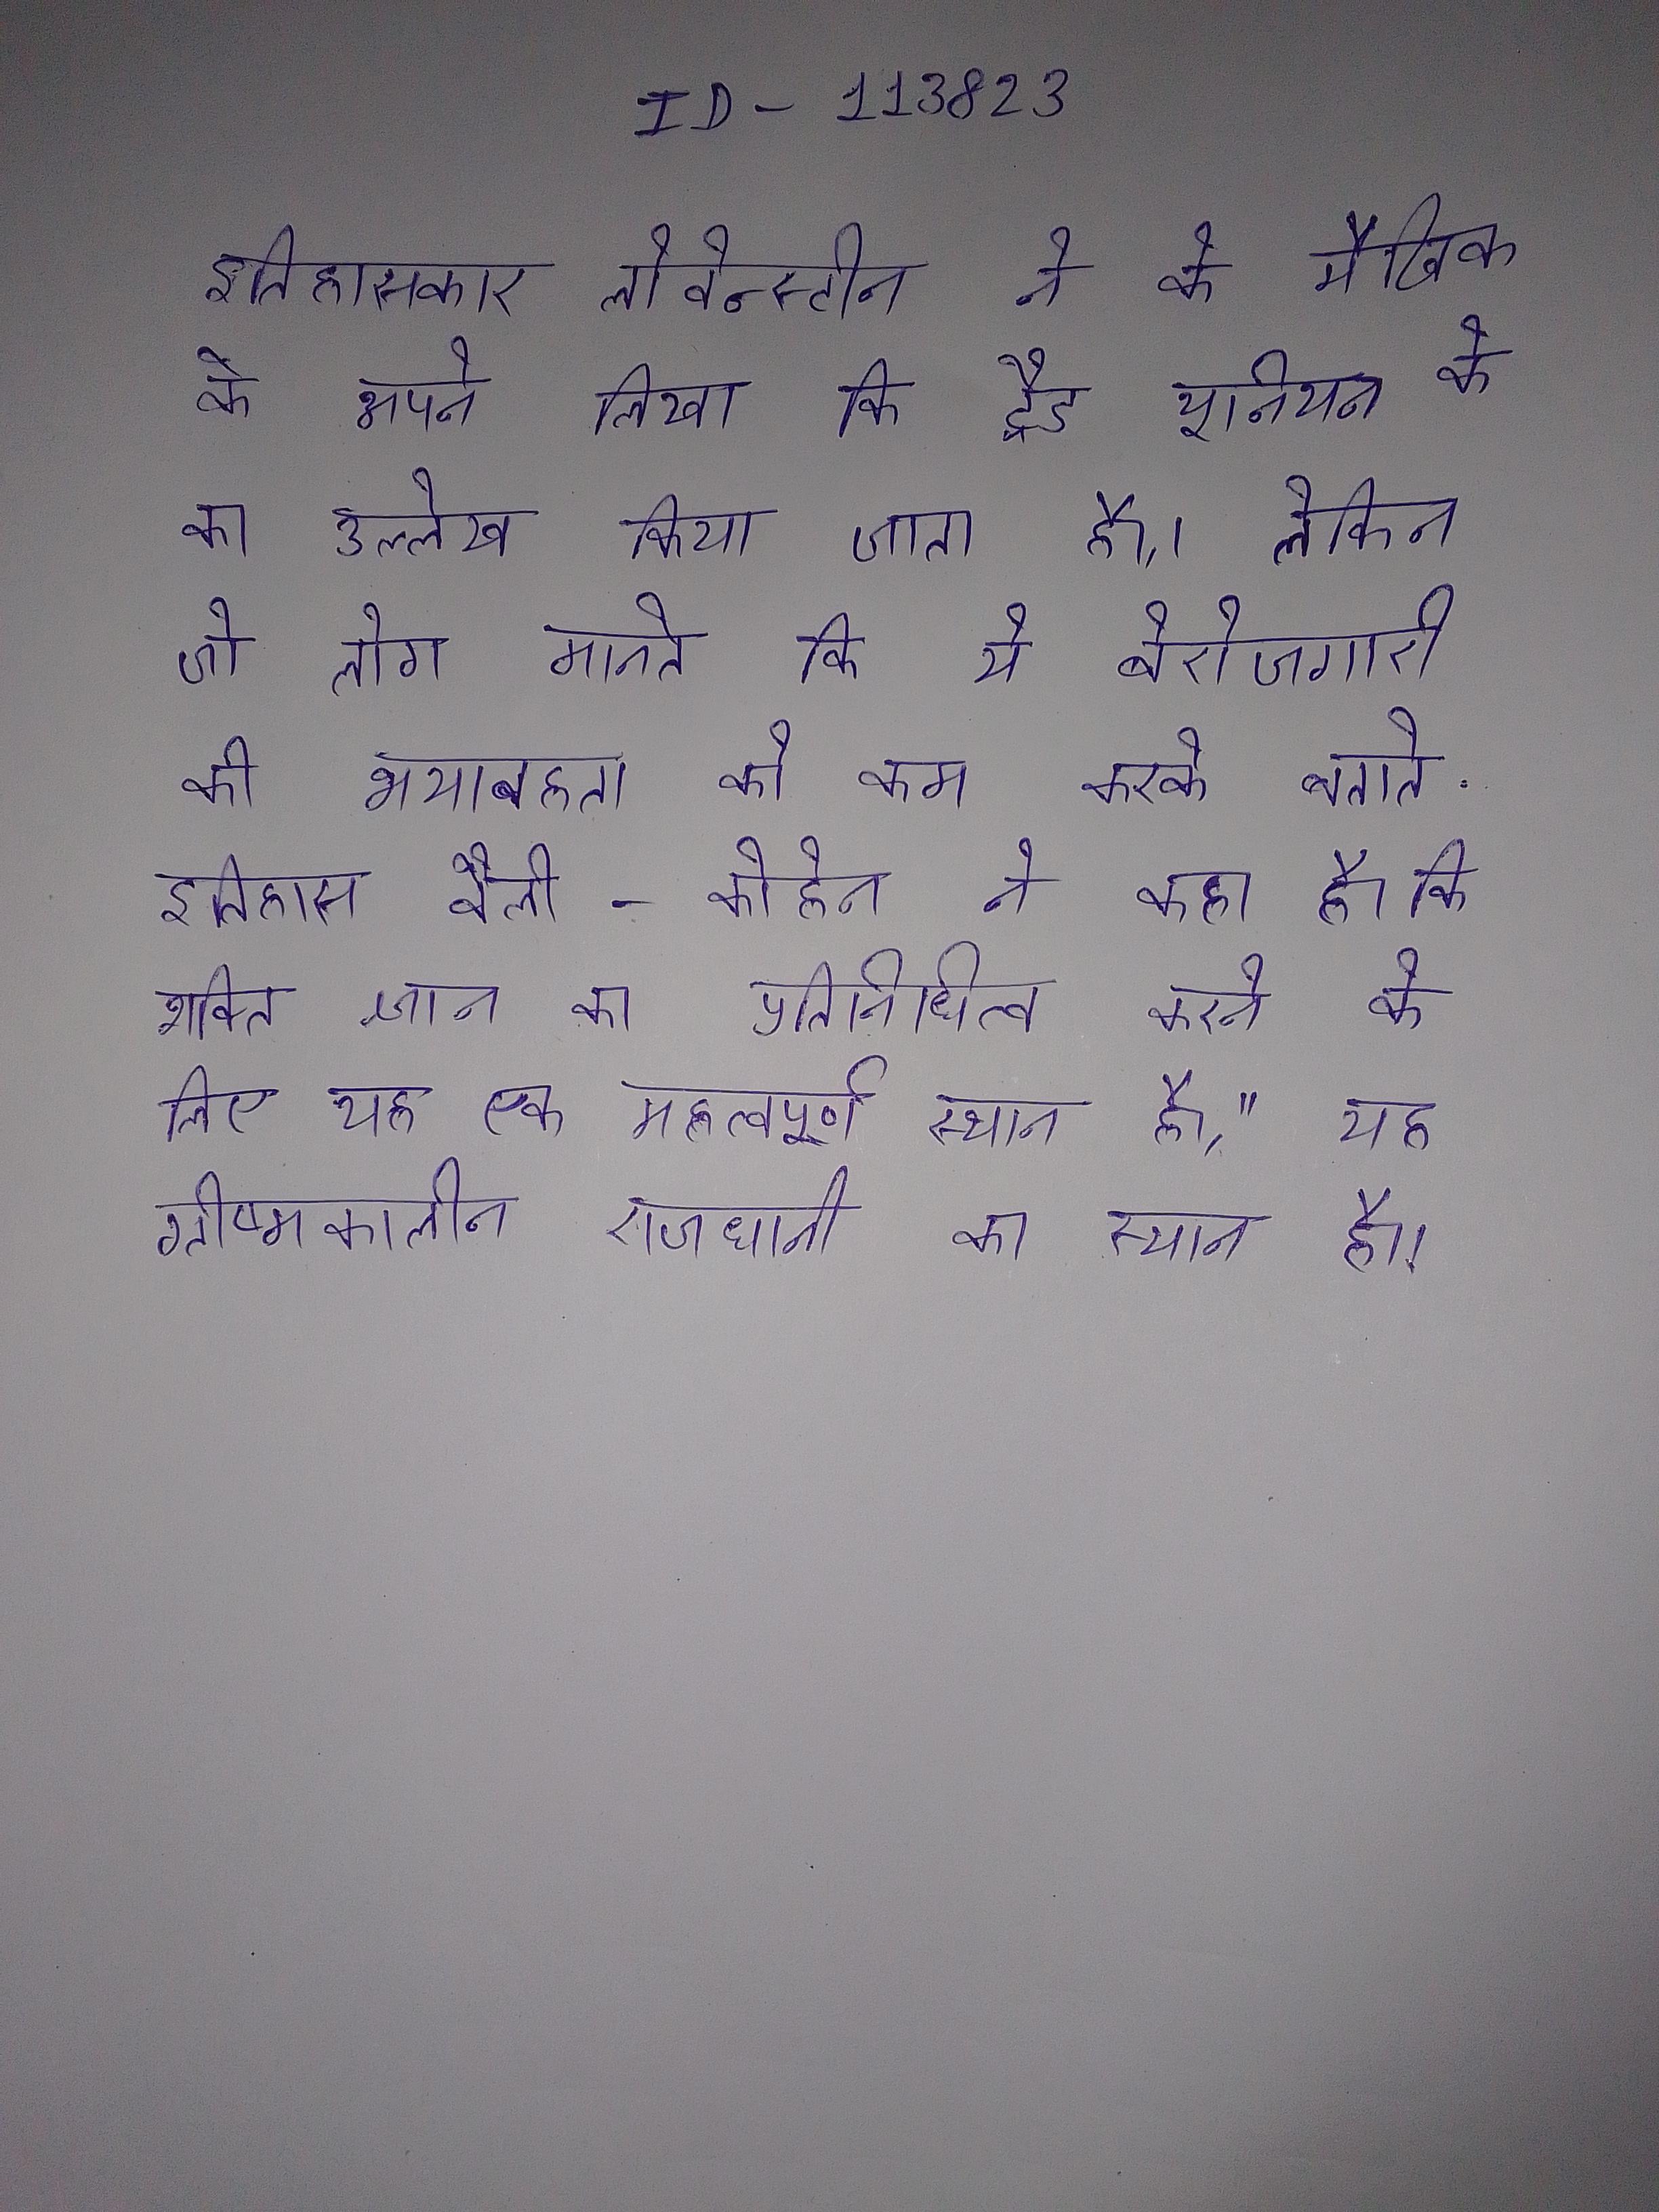
इतिहासकार लोवेन्स्टीन ने के मौखिक के अपने लिखा कि ट्रेड यूनियन के का उल्लेख किया जाता है, लेकिन जो लोग मानते कि ये बेरोजगारी की भयावहता को कम करके बताते . इतिहासकार वैली-कोहेन ने कहा है कि शक्ति की प्रदर्शनी और शाही ज्ञान का प्रतिनिधित्व करने के लिए यह एक महत्वपूर्ण स्थान है," यह ग्रीष्मकालीन राजधानी का स्थान है ।